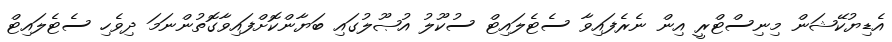
އެޑިޔުކޭޝަން މިނިސްޓްރީ އިން ނެރެފައިވާ ސެޓެލައިޓް ސުކޫލު އުޞޫލުގައި ބަޔާންކޮށްފައިވާގޮތުންނަމަ ދިވެހި ސެޓެލައިޓް